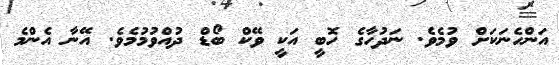
އަންހެނަކަށް ވުމެވެ. ނަދުހާގެ ހޮބީ އަކީ ވޭކް ބޯޑް ދުއްވުމުމެވެ. އޭނާ އެންމެ